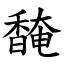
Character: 馣